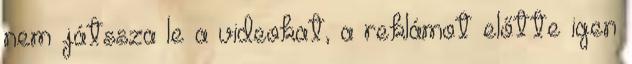
nem játssza le a videokat, a reklámot előtte igen